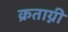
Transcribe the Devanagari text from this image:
क्रताग्नी